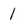
Character: l